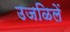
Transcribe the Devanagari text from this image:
उजळिलें